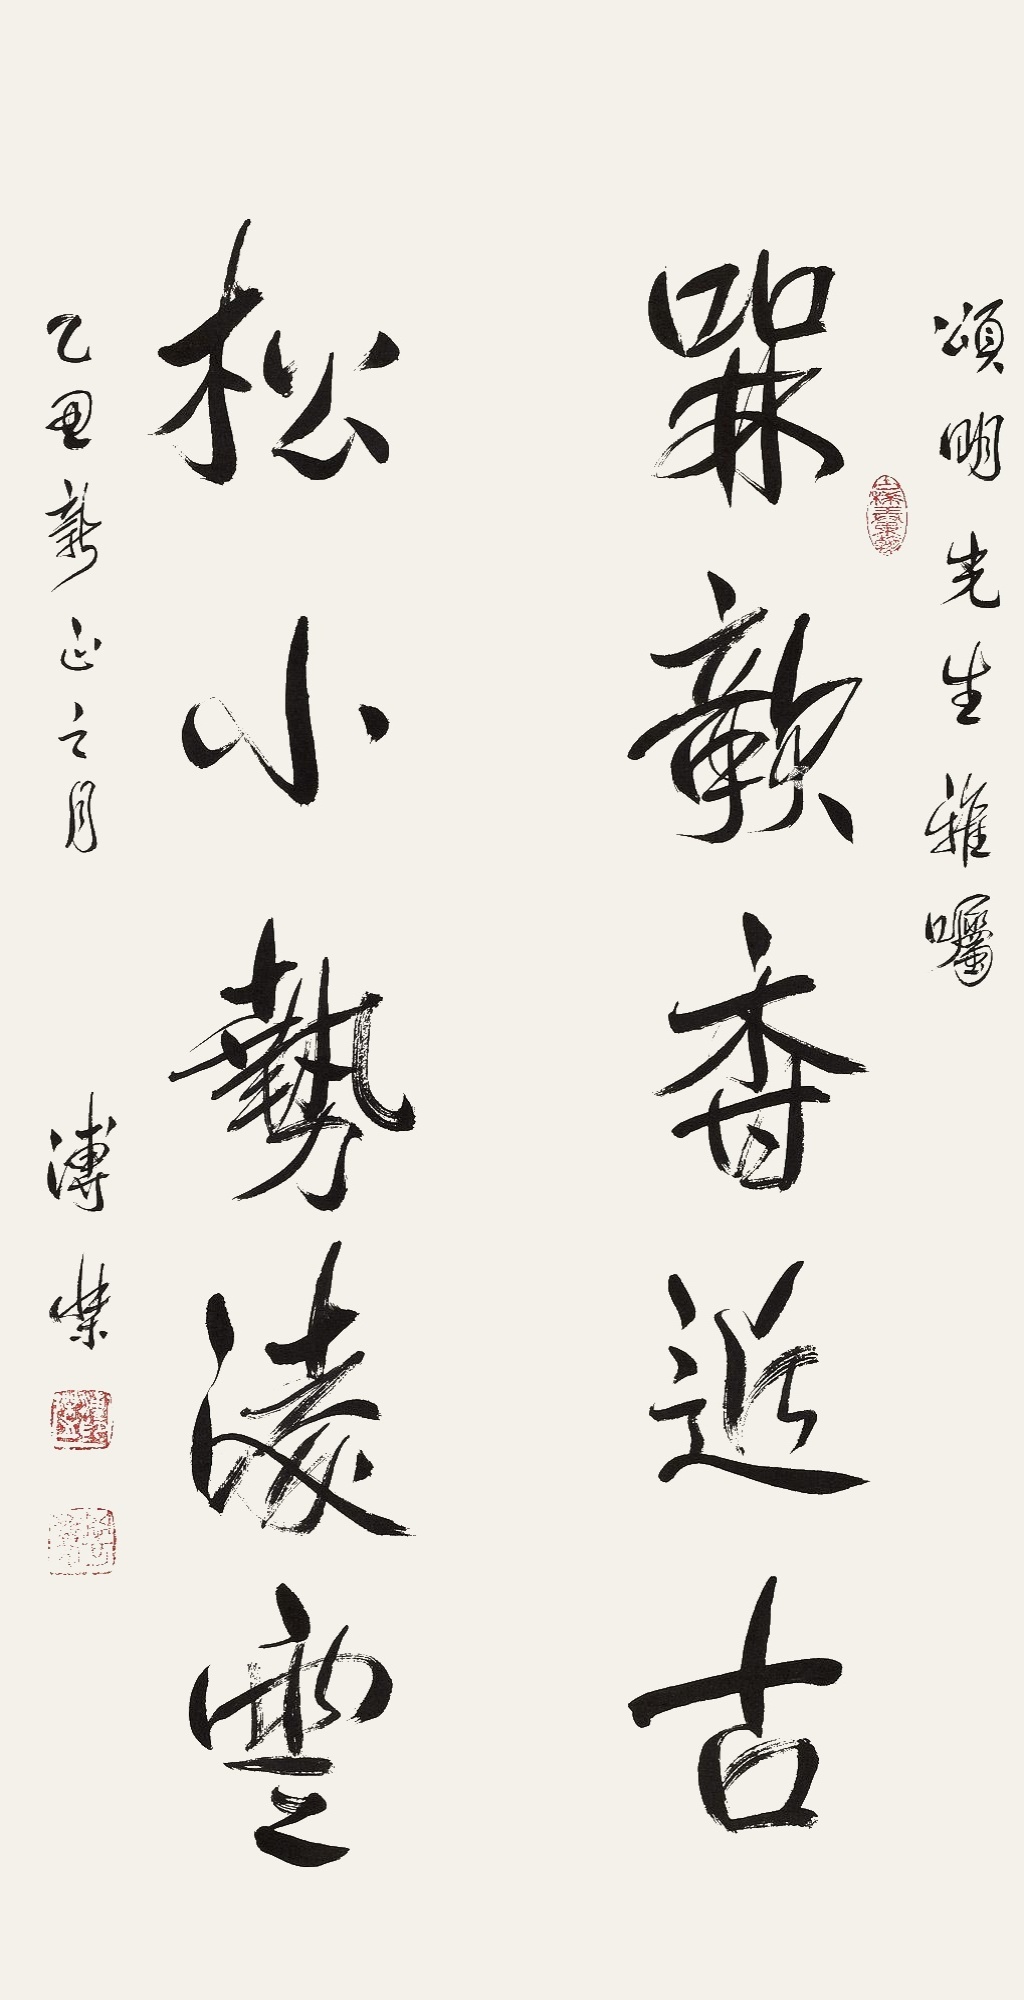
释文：梅欹香近古，松小势凌云。颂明先生雅嘱，乙丑新正之月，溥杰。